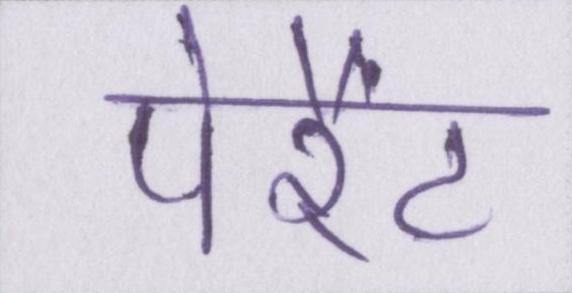
पेरैंट